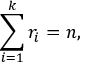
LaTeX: \sum _ { i = 1 } ^ { k } r _ { i } = n ,